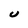
Character: U